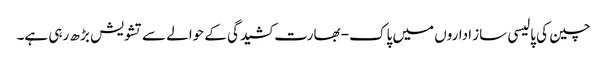
چین کی پالیسی ساز اداروں میں پاک- بھارت کشیدگی کے حوالے سے تشویش بڑ ھ رہی ہے۔